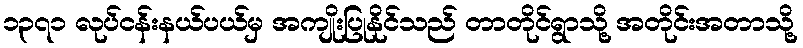
၁၃၇၁ လုပ်ငန်းနယ်ပယ်မှ အကျိုးပြုနိုင်သည် တာတိုင်ရွာသို့ အတိုင်းအတာသို့